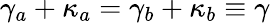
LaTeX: \gamma_{a}+\kappa_{a}=\gamma_{b}+\kappa_{b}\equiv\gamma